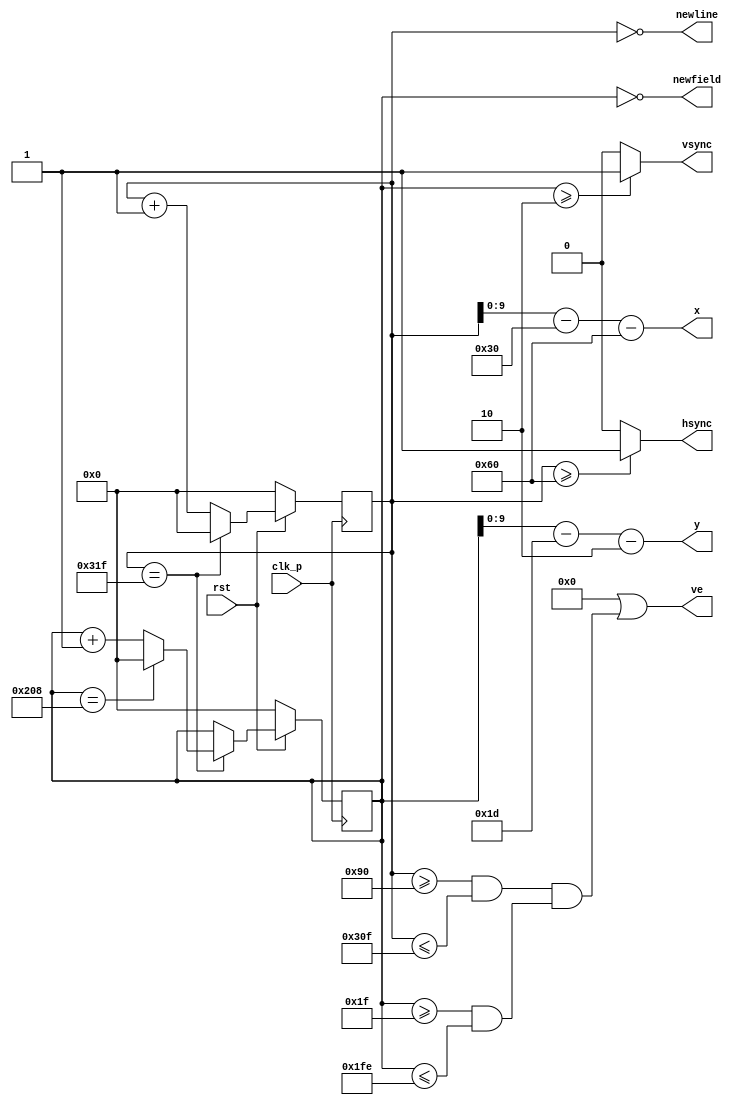
module vga(/*AUTOARG*/
   // Outputs
   hsync, vsync, x, y, ve, newline, newfield,
   // Inputs
   clk_p, rst
   );
	input wire clk_p;
	input wire rst;
	output wire hsync, vsync;
	output wire [9:0] x, y; //1023
	output wire ve;
	output wire newline, newfield;
	assign newline = x_i == 0;
	assign newfield = y_i == 0;
	
	reg [10:0] x_i, y_i; //2047
	//wire clk_l; //clk_p pixel clock, clk_l line clock
	//60Hz 0 < x < 1023, 0 < y < 767 75Mhz clk_d
	//Horizontal (line) Front Porch 24clk_p Sync 136clk_p Back Porch 160clk_p = 1344
	//Vertical (field)  					3clk_l		6clk_l					29clk_l = 806
	
	//60Hz 0 < x < 799, 0 < y < 599 40Mhz clk_d
//	parameter h_pixel = 'd799;
//	parameter v_pixel = 'd599;
//	parameter h_front_porch = 'd40;
//	parameter h_sync_pulse = 'd128;
//	parameter h_back_porch = 'd88;
//	parameter v_front_porch = 'd1;
//	parameter v_sync_pulse = 'd4;
//	parameter v_back_porch = 'd23;
//	parameter line = h_pixel + h_front_porch + h_sync_pulse + h_back_porch;
//	parameter field = v_pixel + v_front_porch + v_sync_pulse + v_back_porch;
	
	//60Hz 0 < x < 639, 0 < y < 479 25Mhz clk_d
	parameter h_pixel = 'd639;
	parameter v_pixel = 'd479;
	parameter v_front_porch = 'd10;
	parameter v_sync_pulse = 'd2;
	parameter v_back_porch = 'd29; //33
	parameter h_front_porch = 'd16;
	parameter h_sync_pulse = 'd96;
	parameter h_back_porch = 'd48;
	parameter line = h_pixel + h_front_porch + h_sync_pulse + h_back_porch;
	parameter field = v_pixel + v_front_porch + v_sync_pulse + v_back_porch;
	
	always @(posedge clk_p) begin
		if(~rst) begin 
			x_i <= 0;
		end
		else begin
			if(x_i == line) begin
				x_i <= 0;
			end
			else begin
				x_i <= x_i + 1;
			end
		end
	end
	
	always @(posedge clk_p) begin
		if(~rst) begin
			y_i <= 0;
		end
		else if (x_i == line) begin
			if(y_i == field) begin
				y_i <= 0;
			end
			else begin 
				y_i <= y_i + 1;
			end
		end
	end
	
	assign hsync = (x_i >= h_sync_pulse) ? 1: 0;
	assign vsync = (y_i >= v_sync_pulse) ? 1: 0;
	assign ve = 0
				||	(x_i >= h_sync_pulse + h_back_porch && x_i <= line - h_front_porch) && (y_i >= v_sync_pulse + v_back_porch && y_i <= field - v_front_porch)
//				&&  ( (|y[2:0]))
//				|| (x_i >= h_sync_pulse + h_back_porch && x_i <=1+ line - h_front_porch) && (y_i >= v_sync_pulse + v_back_porch && y_i <= field - v_front_porch)
//				&&  (!(|y[2:0]))
				;
	//assign x = (ve) ? x_i - h_back_porch - h_sync_pulse : 0;
	//assign y = (ve) ? y_i - v_back_porch - v_sync_pulse : 0;
	assign x = x_i - h_back_porch - h_sync_pulse;
	assign y = y_i - v_back_porch - v_sync_pulse;

endmodule